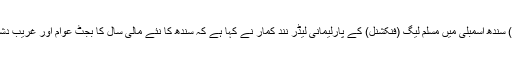
2015ء) سندھ اسمبلی میں مسلم لیگ (فنکشنل) کے پارلیمانی لیڈر نند کمار نے کہا ہے کہ سندھ کا نئے مالی سال کا بجٹ عوام اور غریب دشمن ہے ۔